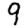
Digit: 9